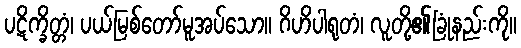
ပဋိက္ခိတ္တံ၊ ပယ်မြစ်တော်မူအပ်သော။ ဂိဟိပါရုတံ၊ လူတို့၏ခြုံနည်းကို။